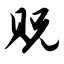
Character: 贶